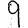
Digit: 9